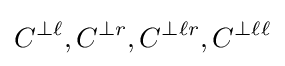
C^{\perp \ell },C^{\perp r},C^{\perp \ell r},C^{\perp \ell \ell }